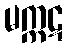
မက္ကဋ